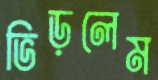
ভিড়লেম